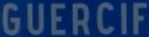
GUERCIF